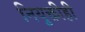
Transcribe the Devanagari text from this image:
नियुक्तीही